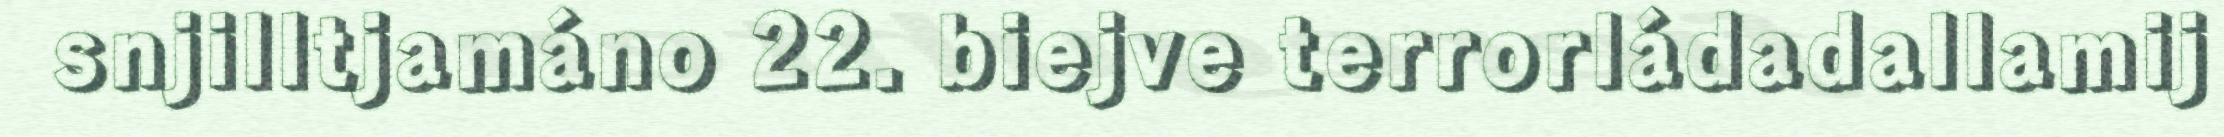
snjilltjamáno 22. biejve terrorládadallamij